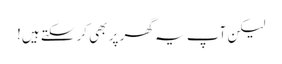
لیکن آپ یہ گھر پر بھی کرسکتے ہیں!